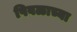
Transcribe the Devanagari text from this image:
पिवळाच्या